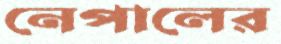
নেপালের